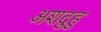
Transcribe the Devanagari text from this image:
अशदुहु